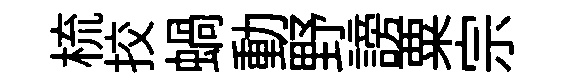
梳挍蝸動野謗粟宗